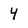
Character: 4